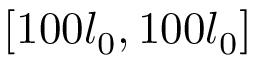
[ 1 0 0 l _ { 0 } , 1 0 0 l _ { 0 } ]